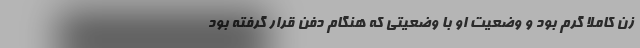
زن کاملا گرم بود و وضعیت او با وضعیتی که هنگام دفن قرار گرفته بود